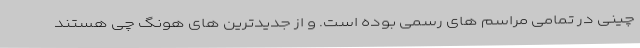
چینی در تمامی مراسم های رسمی بوده است. و از جدیدترین های هونگ چی هستند